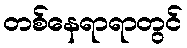
တစ်နေရာရာတွင်